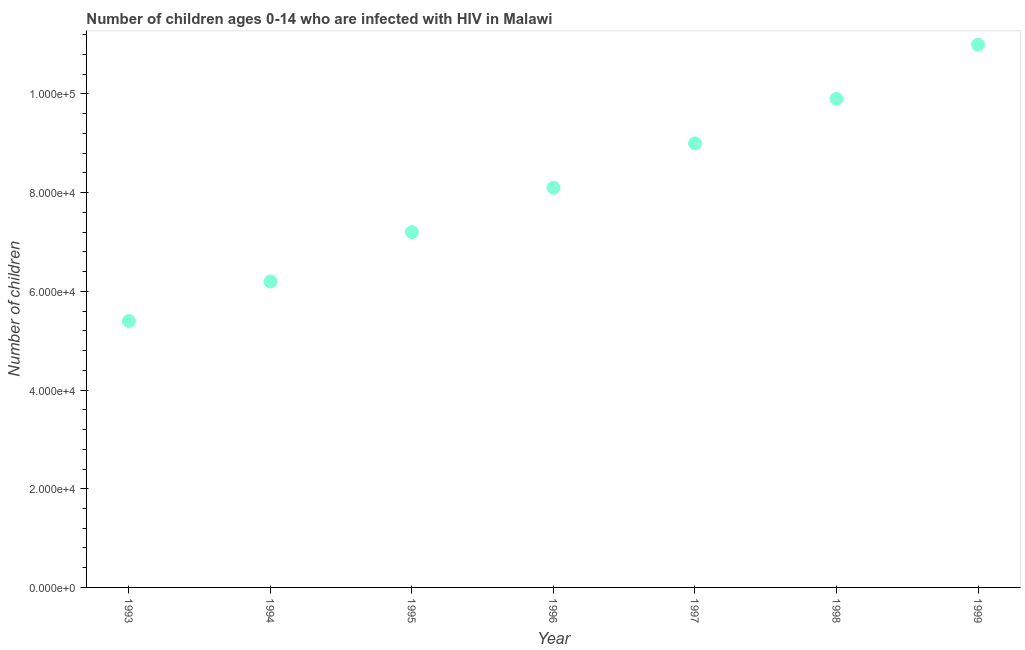
| Year | Children (0-14) living with HIV |
 | --- | --- |
 | 1993 | 5.4e+04 |
 | 1994 | 6.2e+04 |
 | 1995 | 7.2e+04 |
 | 1996 | 8.1e+04 |
 | 1997 | 9e+04 |
 | 1998 | 9.9e+04 |
 | 1999 | 1.1e+05 |